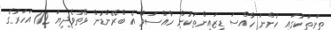
ތަށިތަކުގައި ހުންނަ ހާއްސަ ޑިޒައިންތަކުން ހާއްސަވާ އެ ބްރޭންޑުން ވޭތުވެދިޔަ 112 އަހަރުގެ